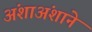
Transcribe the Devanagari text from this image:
अंशाअंशाने